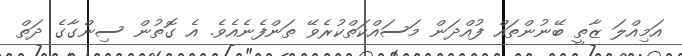
އަމިއްލަ ޒާތީ ބޭނުންތައް ފުއްދަން މަސައްކަތްކުރެވޭ ތަންފެނެއެވެ. އެ ގޮތުން ސިންގާގެ ދަތް